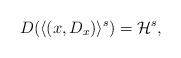
LaTeX: \begin{align*}D(\langle (x,D_x) \rangle^s)=\mathcal{H}^s,\end{align*}